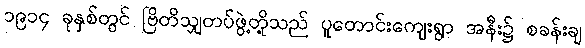
၁၉၁၄ ခုနှစ်တွင် ဗြိတိသျှတပ်ဖွဲ့တို့သည် ပူတောင်းကျေးရွာ အနီး၌ စခန်းချ